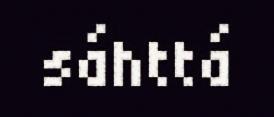
sáhttá